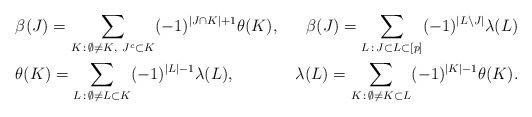
LaTeX: \begin{align*}&\beta(J) = \sum_{K\, :\, \emptyset \not=K,\ J^c\subset K} (-1)^{|J\cap K|+1} \theta(K), &\beta(J) = \sum_{L\, :\, J \subset L \subset [p]} (-1)^{|L\setminus J|} \lambda(L) \\&\theta(K) = \sum_{L\, :\, \emptyset\not=L\subset K}(-1)^{|L|-1}\lambda(L), &\lambda(L) = \sum_{K\, :\, \emptyset \not=K\subset L} (-1)^{|K|-1} \theta(K). \end{align*}